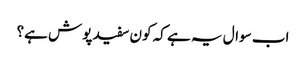
اب سوال یہ ہے کہ کون سفید پوش ہے؟